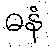
ဓနံ